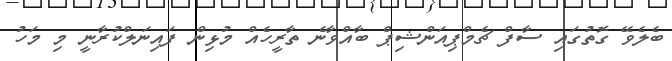
ބެލެވޭ ގޮތުގައި ސާފް ޗެމްޕިއަންޝިޕް ބާއްވާނެ ތާރީހެއް މުޅިން ފައިނަލްކުރާނީ މި މަހު